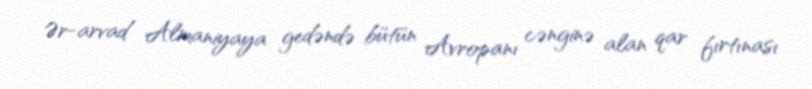
Ər-arvad Almaniyaya gedəndə bütün Avropanı cənginə alan qar fırtınası